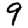
Digit: 9